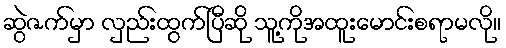
ဆွဲဇက်မှာ လှည်းထွက်ပြီဆို သူ့ကိုအထူးမောင်းစရာမလို။